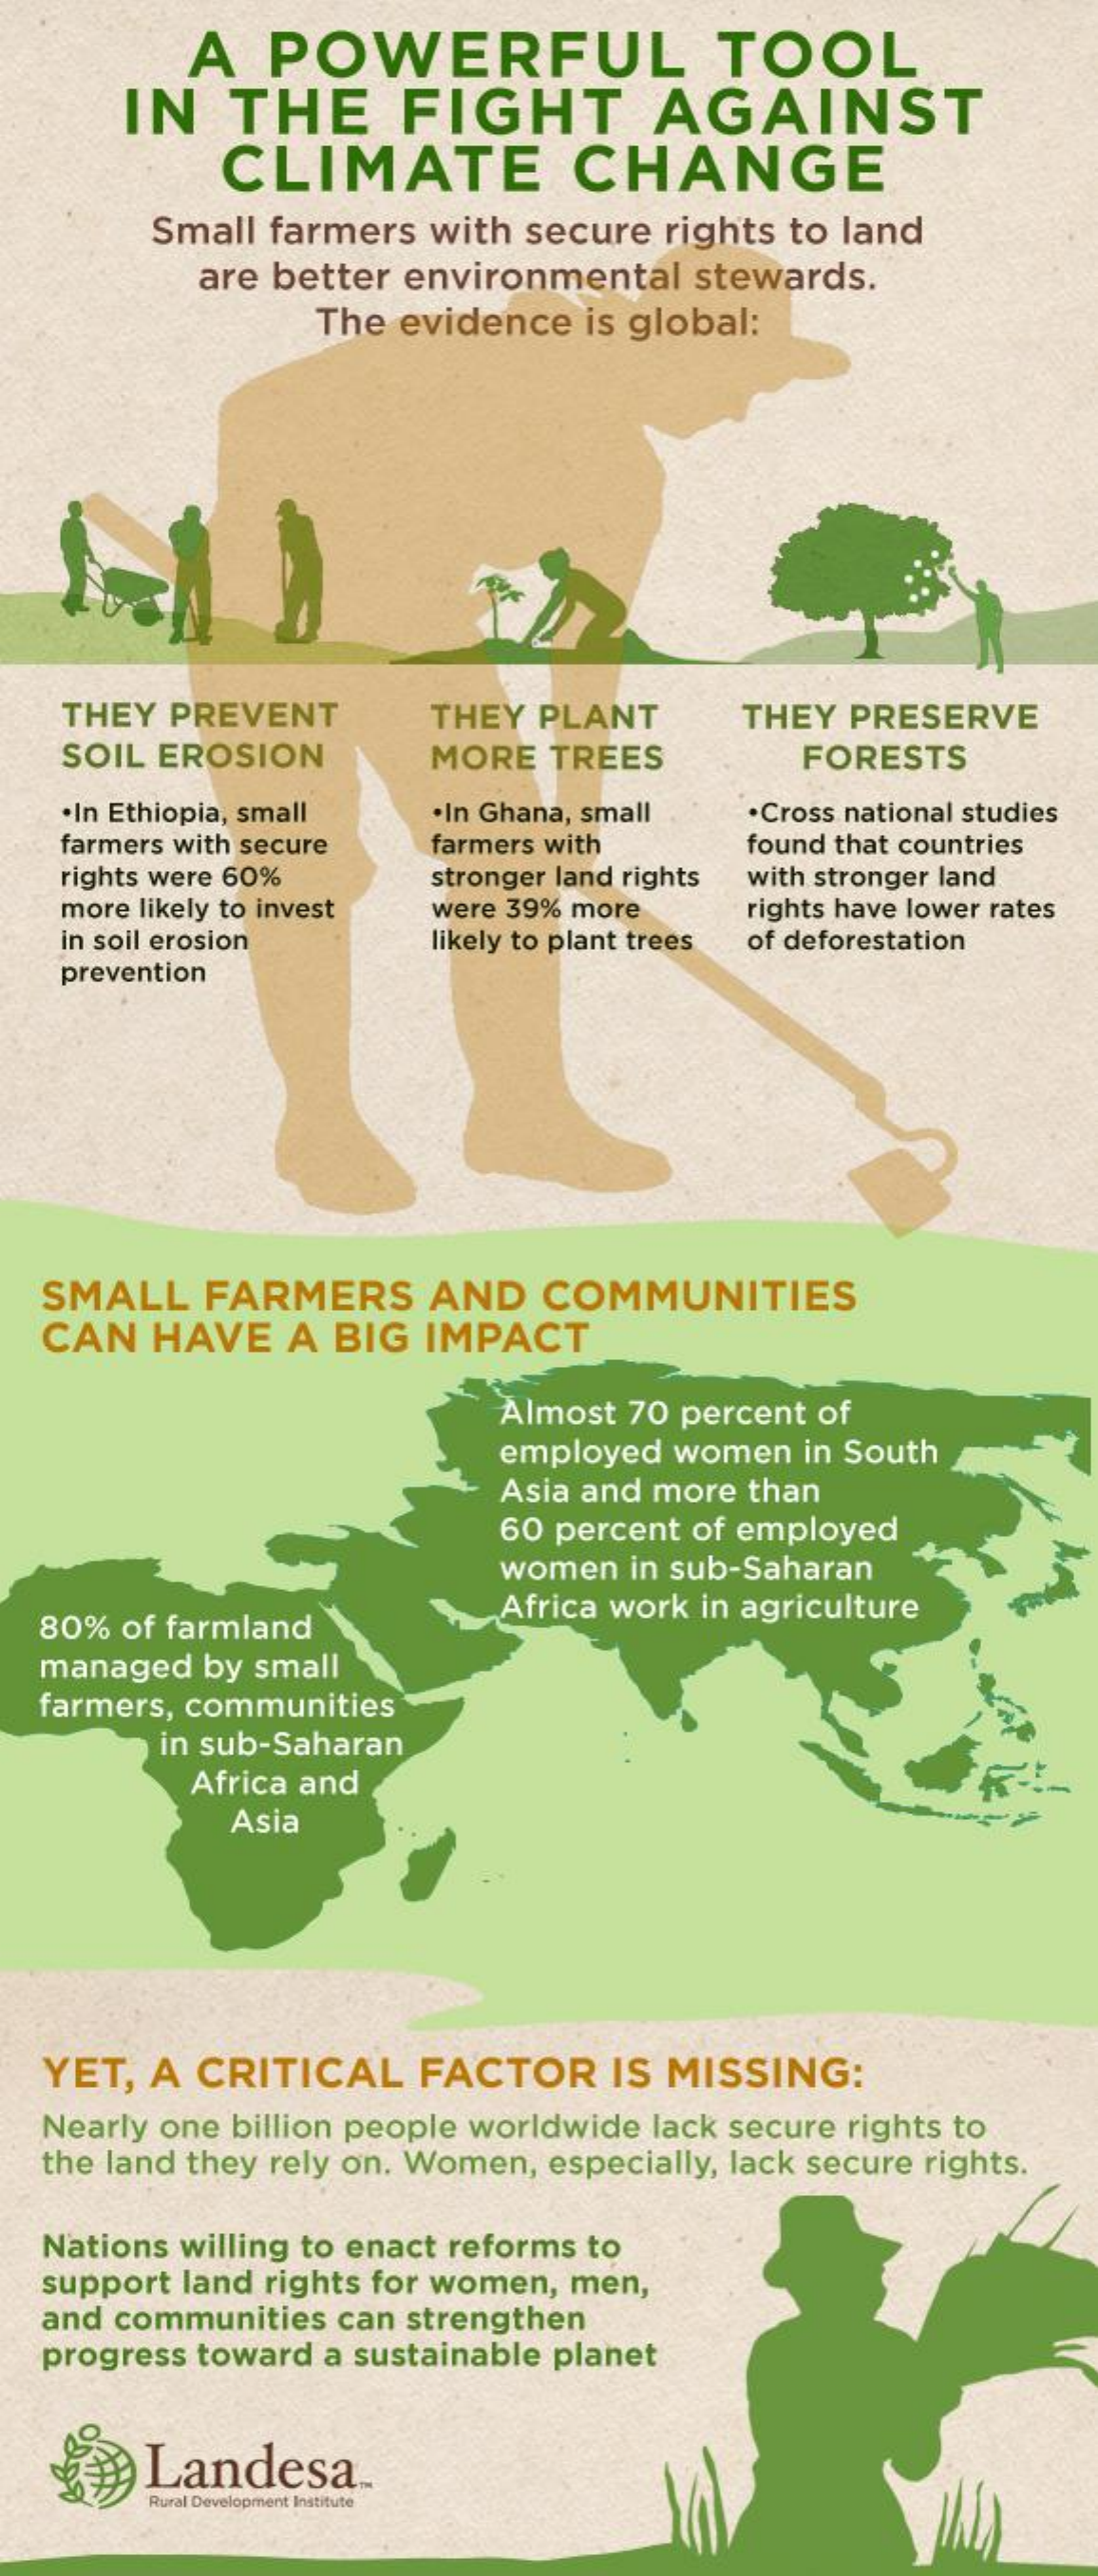
A   POWERFUL    TOOL
     IN   THE    FIGHT    AGAINST
     CLIMATE    CHANGE
     Small farmers  with secure rights to land
     are better environmental  stewards.
     The evidence  is global:
    THEY PREVENT    THEY PLANT    THEY  PRESERVE
    SOIL EROSION    MORE  TREES    FORESTS
   ·In Ethiopia, small ·In Ghana, small ·Cross national studies
    farmers with secure farmers with    found that countries
    rights were 60%    stronger land rights with stronger land
    more likely to invest were 39% more rights have lower rates
    in soil erosion    likely to plant trees of deforestation
   prevention
   SMALL   FARMERS    AND   COMMUNITIES
   CAN  HAVE   A  BIG IMPACT
     Almost 70 percent of
     employed women in South
     Asia and more than
     60 percent of employed
     women in sub-Saharan
  80% of farmland
     Africa work in agriculture
  managed  by small
  farmers, communities
     in sub-Saharan
     Africa and
     Asia
   YET, A CRITICAL    FACTOR    IS MISSING:
   Nearly one billion people worldwide lack secure rights to
   the land they rely on. Women, especially, lack secure rights.
  Nations willing to enact reforms to
   support land rights for women, men,
   and communities can strengthen
   progress toward a sustainable planet
     Landesa.
     Rural Development Institute